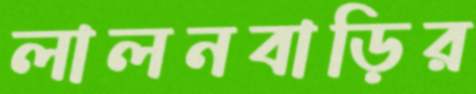
লালনবাড়ির